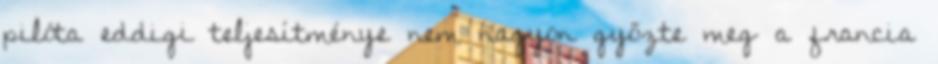
pilóta eddigi teljesítménye nem nagyon győzte meg a francia